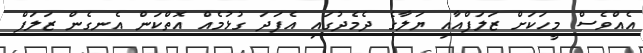
އެއްވެސް މީހަކަށް ޒަލަފްއާއި ޔަލާގެ ދެމެދުގައި އެފަދަ ގުޅުމެއް އޮތްކަން އެނގެން ޒަލަފް